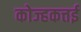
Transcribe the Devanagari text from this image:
कोज्हकत्तई